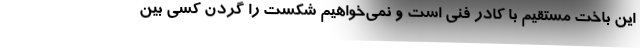
این باخت مستقیم با کادر فنی است و نمی‌خواهیم شکست را گردن کسی بین